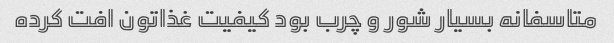
متاسفانه بسیار شور و چرب بود کیفیت غذاتون افت کرده